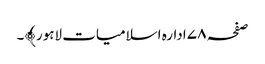
صفحہ ۷۸ ادارہ اسلامیات لاہور﴾۔